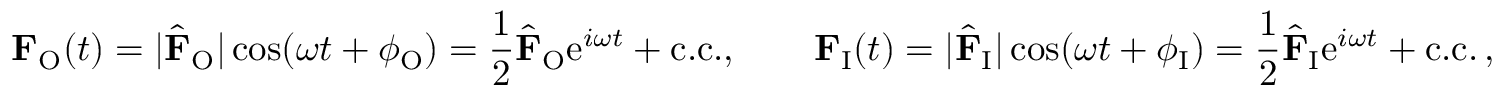
\mathbf { F } _ { \mathrm { O } } ( t ) = | \hat { \mathbf { F } } _ { \mathrm { O } } | \cos ( \omega t + \phi _ { \mathrm { O } } ) = \frac { 1 } { 2 } \hat { \mathbf { F } } _ { \mathrm { O } } \mathrm { e } ^ { i \omega t } + \mathrm { c . c . } , \qquad \mathbf { F } _ { \mathrm { I } } ( t ) = | \hat { \mathbf { F } } _ { \mathrm { I } } | \cos ( \omega t + \phi _ { \mathrm { I } } ) = \frac { 1 } { 2 } \hat { \mathbf { F } } _ { \mathrm { I } } \mathrm { e } ^ { i \omega t } + \mathrm { c . c . } \, ,